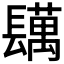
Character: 𨲴